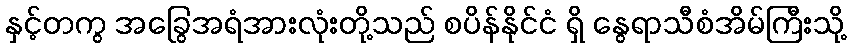
နှင့်တကွ အခြွေအရံအားလုံးတို့သည် စပိန်နိုင်ငံ ရှိ နွေရာသီစံအိမ်ကြီးသို့